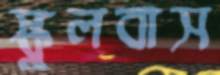
স্কুলবাস